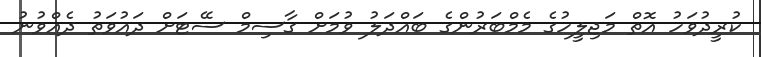
ކުރީދުވަހު އޮތް މަޖިލީހުގެ މެމްބަރުންގެ ބައްދަލު ވުމަށް ގާސިމް ސޭޓަށް ދައުވަތު ދެއްވުނު